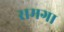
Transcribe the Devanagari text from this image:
समगा